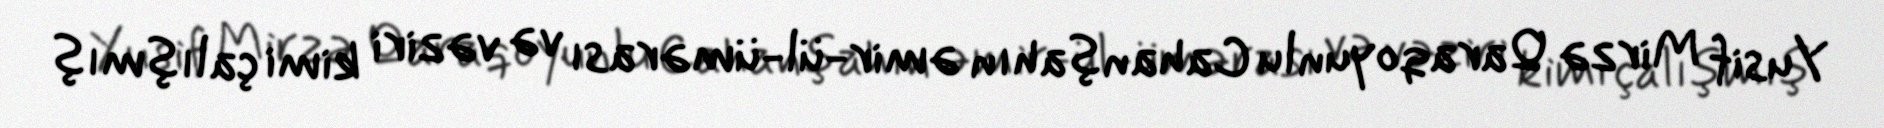
Yusif Mirzə Qaraqoyunlu Cahanşahın əmir-ül-ümərası və vəziri kimi çalışmış